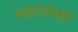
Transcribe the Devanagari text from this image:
जलायाशों